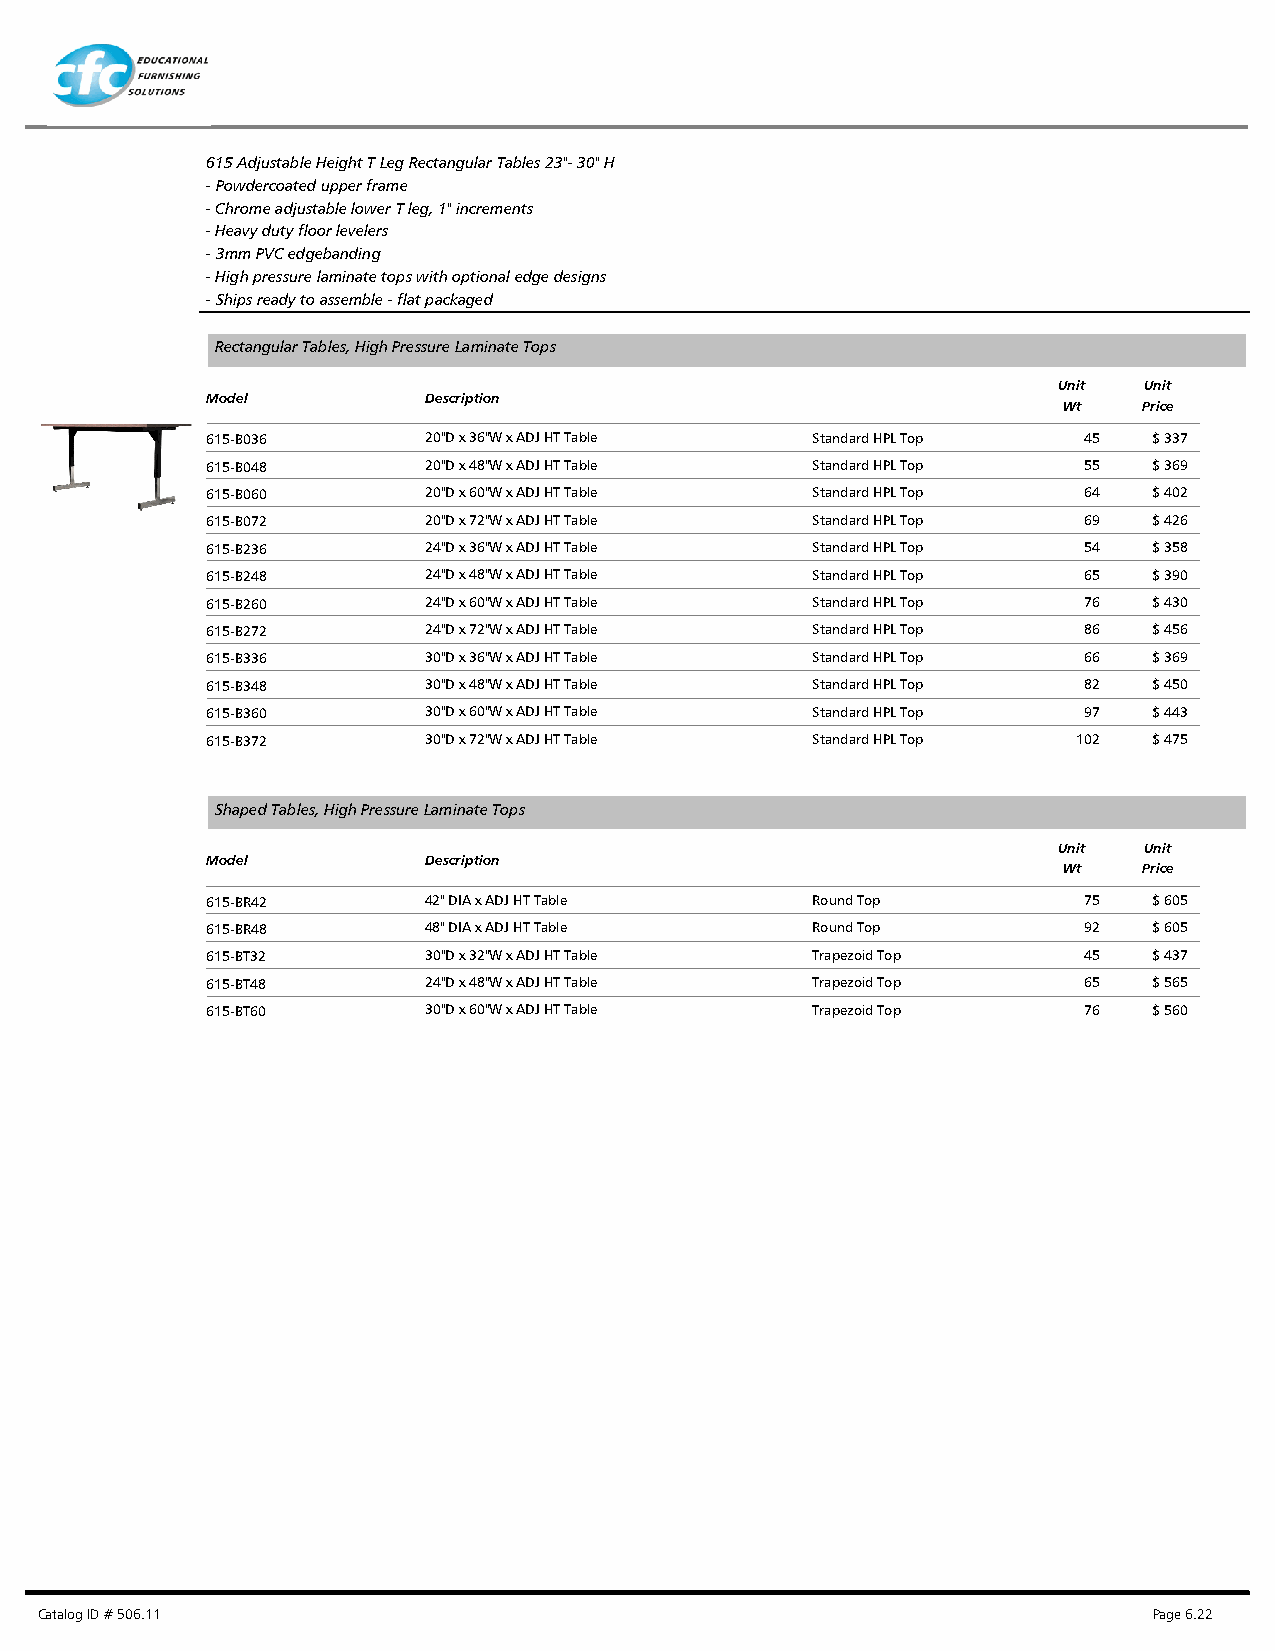
615 Adjustable Height T Leg Rectangular Tables 23"- 30" H
 - Powdercoated upper frame
 - Chrome adjustable lower T leg, 1" increments
 - Heavy duty floor levelers
 - 3mm PVC edgebanding
 - High pressure laminate tops with optional edge designs
 - Ships ready to assemble - flat packaged
 Rectangular Tables, High Pressure Laminate Tops
 Unit  Unit
 Model         Description
 Wt    Price
 615-B036      20"D x 36"W x ADJ HT Table Standard HPL Top 45  $ 337
 615-B048      20"D x 48"W x ADJ HT Table Standard HPL Top 55  $ 369
 615-B060      20"D x 60"W x ADJ HT Table Standard HPL Top 64  $ 402
 615-B072      20"D x 72"W x ADJ HT Table Standard HPL Top 69  $ 426
 615-B236      24"D x 36"W x ADJ HT Table Standard HPL Top 54  $ 358
 615-B248      24"D x 48"W x ADJ HT Table Standard HPL Top 65  $ 390
 615-B260      24"D x 60"W x ADJ HT Table Standard HPL Top 76  $ 430
 615-B272      24"D x 72"W x ADJ HT Table Standard HPL Top 86  $ 456
 615-B336      30"D x 36"W x ADJ HT Table Standard HPL Top 66  $ 369
 615-B348      30"D x 48"W x ADJ HT Table Standard HPL Top 82  $ 450
 615-B360      30"D x 60"W x ADJ HT Table Standard HPL Top 97  $ 443
 615-B372      30"D x 72"W x ADJ HT Table Standard HPL Top 102 $ 475
 Shaped Tables, High Pressure Laminate Tops
 Unit  Unit
 Model         Description
 Wt    Price
 615-BR42      42" DIA x ADJ HT Table    Round Top         75  $ 605
 615-BR48      48" DIA x ADJ HT Table    Round Top         92  $ 605
 615-BT32      30"D x 32"W x ADJ HT Table Trapezoid Top    45  $ 437
 615-BT48      24"D x 48"W x ADJ HT Table Trapezoid Top    65  $ 565
 615-BT60      30"D x 60"W x ADJ HT Table Trapezoid Top    76  $ 560
 Catalog ID # 506.11                                                       Page 6.22